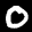
Label: 0